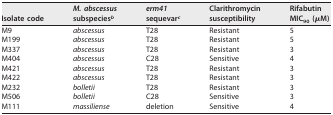
| Isolate code | M. abscessus subspeciesb | erm41 sequevarc | Clarithromycin susceptibility | Rifabutin MIC90 (μM) |
 | --- | --- | --- | --- | --- |
 | M9 | abscessus | T28 | Resistant | 5 |
 | M199 | abscessus | T28 | Resistant | 5 |
 | M337 | abscessus | T28 | Resistant | 3 |
 | M404 | abscessus | C28 | Sensitive | 4 |
 | M421 | abscessus | T28 | Resistant | 3 |
 | M422 | abscessus | T28 | Resistant | 3 |
 | M232 | bolletii | T28 | Resistant | 3 |
 | M506 | bolletii | C28 | Sensitive | 3 |
 | M111 | massiliense | deletion | Sensitive | 4 |